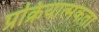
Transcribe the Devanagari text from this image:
प्रक्रियात्मकता